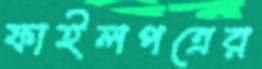
ফাইলপত্রের